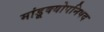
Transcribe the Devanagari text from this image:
मांडूक्योपनिषद